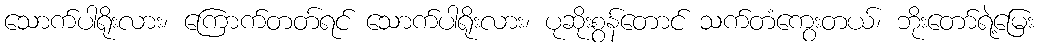
သောက်ပါရိုးလား၊ ကြောက်တတ်ရင် သောက်ပါရိုးလား၊ ပုဆိုးစွန်တောင် သက်တံကွေးတယ်၊ ဘိုးတော်ရဲ့မြေး